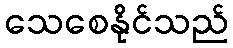
သေစေနိုင်သည်